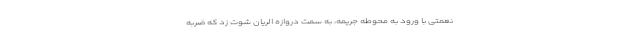
نعمتی با ورود به محوطه جریمه، به سمت دروازه الریان شوت زد که ضربه